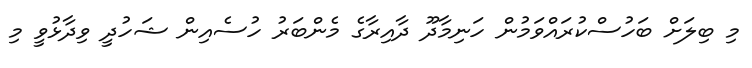
މި ބިލަށް ބަހުސްކުރައްވަމުން ހަނިމާދޫ ދާއިރާގެ މެންބަރު ހުސެއިން ޝަހުދީ ވިދާޅުވީ މި